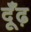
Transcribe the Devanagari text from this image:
दूँढ़